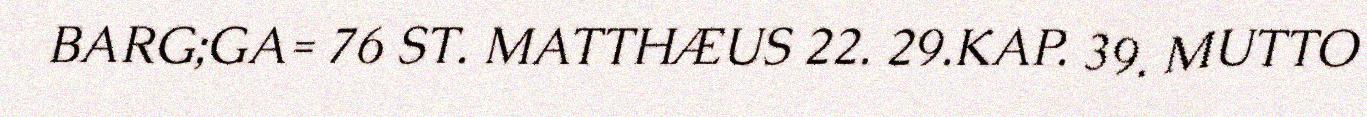
BARG;GA= 76 ST. MATTHÆUS 22. 29.KAP. 39. MUTTO